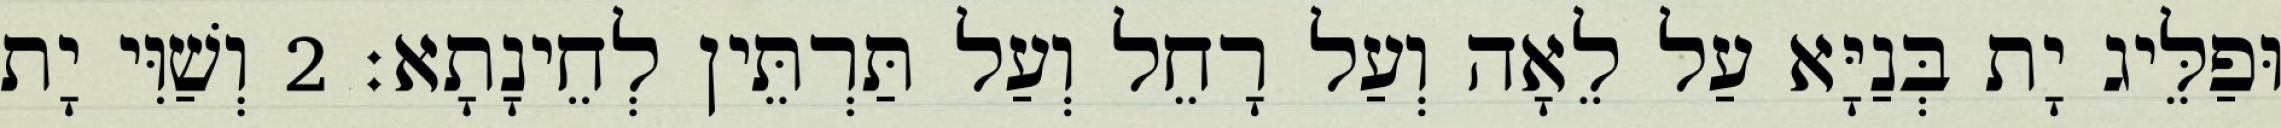
וּפַלֵּיג יָת בְּנַיָּא עַל לֵאָה וְעַל רָחֵל וְעַל תַּרְתֵּין לְחֵינָתָא׃ 2 וְשַׁוִּי יָת